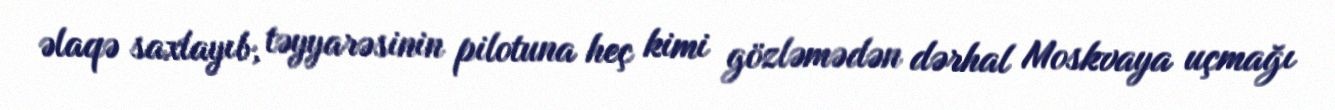
əlaqə saxlayıb, təyyarəsinin pilotuna heç kimi gözləmədən dərhal Moskvaya uçmağı